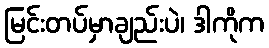
မြင်းတပ်မှာချည်းပဲ၊ ဒါကိုက